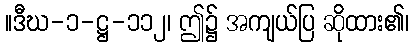
။ဒီဃ-၁-ဋ္ဌ-၁၁၂၊ ဤ၌ အကျယ်ပြ ဆိုထား၏၊